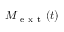
M _ { \mathrm { ~ e ~ x ~ t ~ } } ( t )